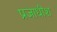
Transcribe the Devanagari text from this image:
प्रजाधीश